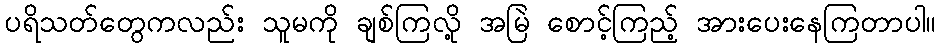
ပရိသတ်တွေကလည်း သူမကို ချစ်ကြလို့ အမြဲ စောင့်ကြည့် အားပေးနေကြတာပါ။